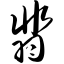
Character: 翡